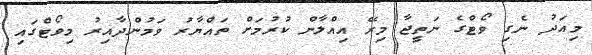
މިއަދު ނެގި ވޯޓްގެ ނަތީޖާ މިރޭ އިއްލާން ކުރުމަށް ތައްޔާރު ވަމުންދާއިރު މިވޯޓްގައި